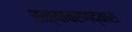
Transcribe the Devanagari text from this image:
सत्याचरणद्वारा